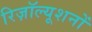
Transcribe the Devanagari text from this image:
रिज़ॉल्यूशनों